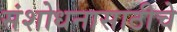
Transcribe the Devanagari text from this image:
संशोधनासाठीचे